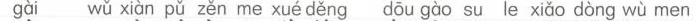
gài wǔ xiàn pǔ zěn me xué děng dōu gào su le xiǎo dòng wù men